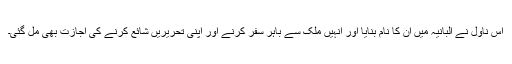
اس ناول نے البانیہ میں اُن کا نام بنایا اور انہیں ملک سے باہر سفر کرنے اور اپنی تحریریں شائع کرنے کی اجازت بھی مل گئی۔